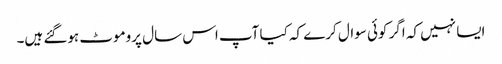
ایسا نہیں کہ اگر کوئی سوال کرے کہ کیا آپ اس سال پروموٹ ہوگئے ہیں۔